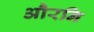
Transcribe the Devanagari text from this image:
औरनि